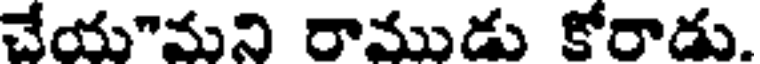
చేయమని రాముడు కోరాడు.